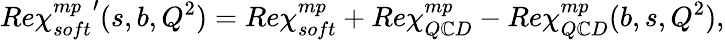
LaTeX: Re{\chi_{soft}^{mp}}^{\prime}(s,b,Q^{2})=Re\chi_{soft}^{mp}+Re\chi_{Q\mathbb{C}D}^{mp}-Re\chi_{Q\mathbb{C}D}^{mp}(b,s,Q^{2}),